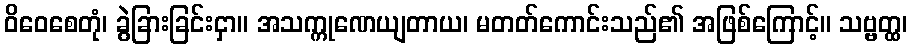
ဝိဝေစေတုံ၊ ခွဲခြားခြင်းငှာ။ အသက္ကုဏေယျတာယ၊ မတတ်ကောင်းသည်၏ အဖြစ်ကြောင့်။ သဗ္ဗတ္ထ၊